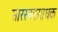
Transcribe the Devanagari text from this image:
सारस्वतसाधक